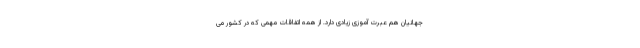
جهانیان هم عبرت آموزی زیادی دارد. از همه اتفاقات مهمی که در کشور می